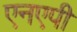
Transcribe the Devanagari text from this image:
एनएपी